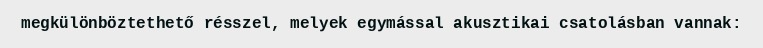
megkülönböztethető résszel, melyek egymással akusztikai csatolásban vannak: